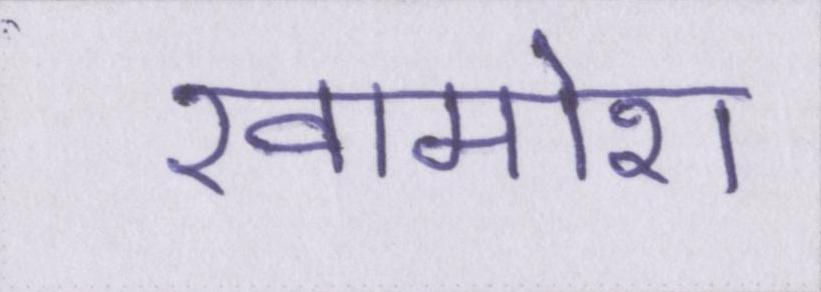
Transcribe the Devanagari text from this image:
खामोश